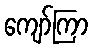
ကျော်ကြာ